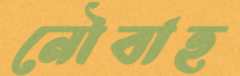
নৌবাহ